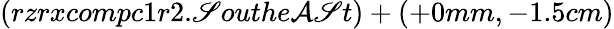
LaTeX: (rzrxcompc1r2.\mathscr{S}outhe\mathcal{A}\mathscr{S}t)+(+0mm,-1.5cm)